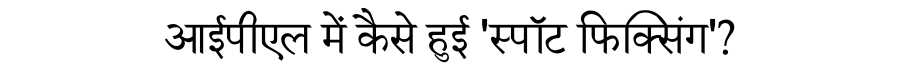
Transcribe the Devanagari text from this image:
आईपीएल में कैसे हुई 'स्पॉट फिक्सिंग'?